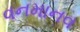
વનમાનવ